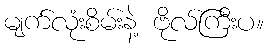
မျက်လုံးစိမ်းနဲ့ ဗိုလ်ကြီးပ။